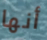
أنها